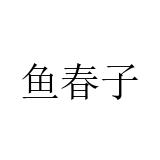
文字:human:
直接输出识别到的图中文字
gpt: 鱼春子